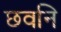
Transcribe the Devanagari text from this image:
छवनि